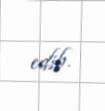
edib.